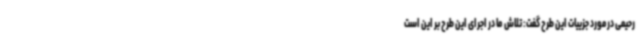
رحیمی درمورد جزییات این طرح گفت: تلاش ما در اجرای این طرح بر این است